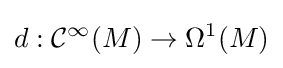
d:{\mathcal {C}}^{\infty }(M)\to \Omega ^{1}(M)